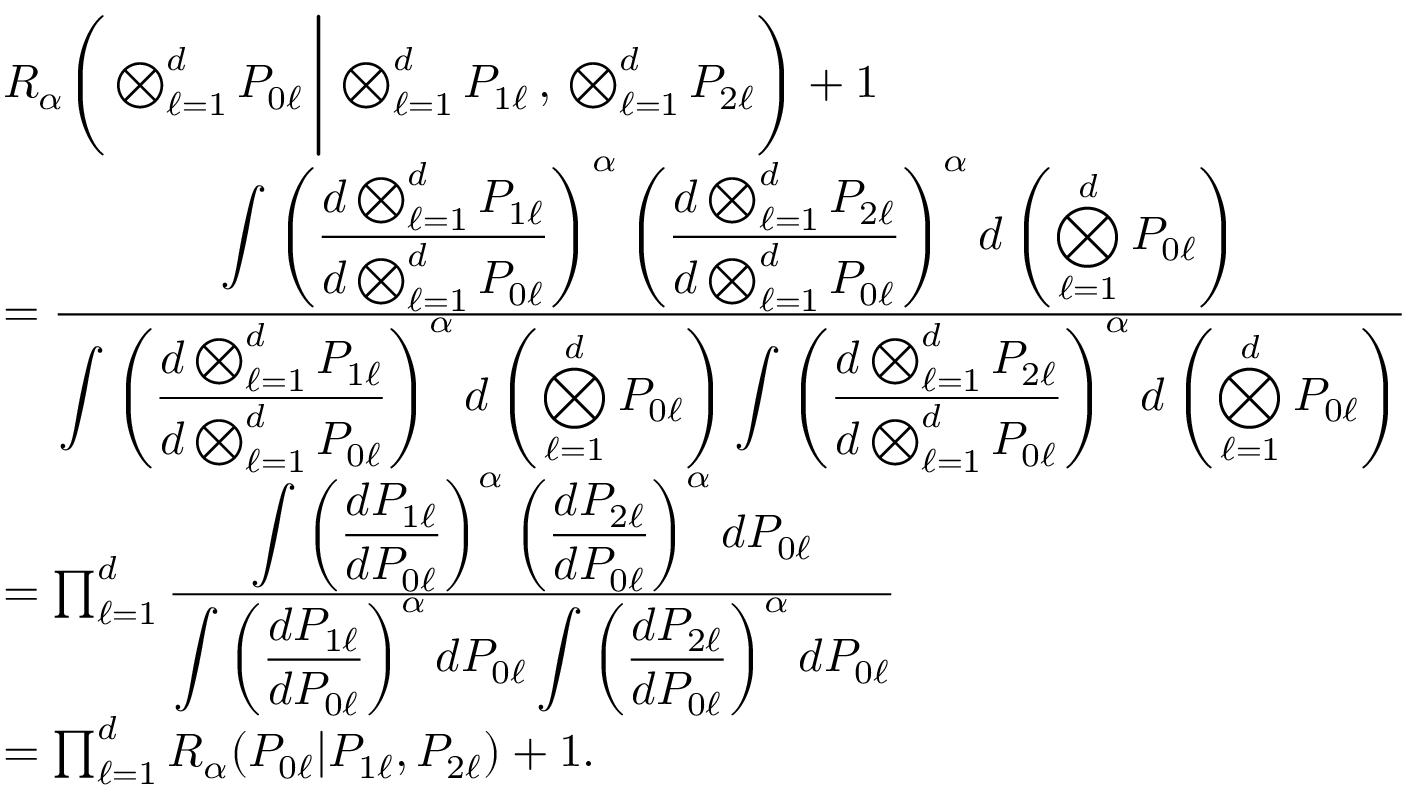
\begin{array} { r l } & { { R _ { \alpha } \Bigg ( \bigotimes _ { \ell = 1 } ^ { d } P _ { 0 \ell } \, \Bigg | \, \bigotimes _ { \ell = 1 } ^ { d } P _ { 1 \ell } \, , \, \bigotimes _ { \ell = 1 } ^ { d } P _ { 2 \ell } \Bigg ) } + 1 } \\ & { = \frac { \displaystyle \int \left( \frac { d \bigotimes _ { \ell = 1 } ^ { d } P _ { 1 \ell } } { d \bigotimes _ { \ell = 1 } ^ { d } P _ { 0 \ell } } \right) ^ { \alpha } \left( \frac { d \bigotimes _ { \ell = 1 } ^ { d } P _ { 2 \ell } } { d \bigotimes _ { \ell = 1 } ^ { d } P _ { 0 \ell } } \right) ^ { \alpha } d \left( \bigotimes _ { \ell = 1 } ^ { d } P _ { 0 \ell } \right) } { \displaystyle \int \left( \frac { d \bigotimes _ { \ell = 1 } ^ { d } P _ { 1 \ell } } { d \bigotimes _ { \ell = 1 } ^ { d } P _ { 0 \ell } } \right) ^ { \alpha } d \left( \bigotimes _ { \ell = 1 } ^ { d } P _ { 0 \ell } \right) \int \left( \frac { d \bigotimes _ { \ell = 1 } ^ { d } P _ { 2 \ell } } { d \bigotimes _ { \ell = 1 } ^ { d } P _ { 0 \ell } } \right) ^ { \alpha } d \left( \bigotimes _ { \ell = 1 } ^ { d } P _ { 0 \ell } \right) } } \\ & { = \prod _ { \ell = 1 } ^ { d } \frac { \displaystyle \int \left( \frac { d P _ { 1 \ell } } { d P _ { 0 \ell } } \right) ^ { \alpha } \left( \frac { d P _ { 2 \ell } } { d P _ { 0 \ell } } \right) ^ { \alpha } d P _ { 0 \ell } } { \displaystyle \int \left( \frac { d P _ { 1 \ell } } { d P _ { 0 \ell } } \right) ^ { \alpha } d P _ { 0 \ell } \int \left( \frac { d P _ { 2 \ell } } { d P _ { 0 \ell } } \right) ^ { \alpha } d P _ { 0 \ell } } } \\ & { = \prod _ { \ell = 1 } ^ { d } { R _ { \alpha } } ( P _ { 0 \ell } | P _ { 1 \ell } , P _ { 2 \ell } ) + 1 . } \end{array}